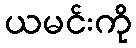
ယမင်းကို